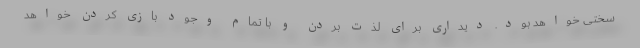
سختی خواهد بود. دیداری برای لذت بردن و با تمام وجود بازی کردن خواهد